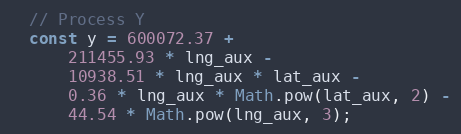
Language: JavaScript
  // Process Y
  const y = 600072.37 +
      211455.93 * lng_aux -
      10938.51 * lng_aux * lat_aux -
      0.36 * lng_aux * Math.pow(lat_aux, 2) -
      44.54 * Math.pow(lng_aux, 3);